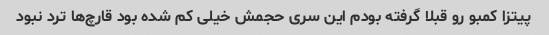
پیتزا کمبو رو قبلا گرفته بودم این سری حجمش خیلی کم شده بود قارچ‌ها ترد نبود